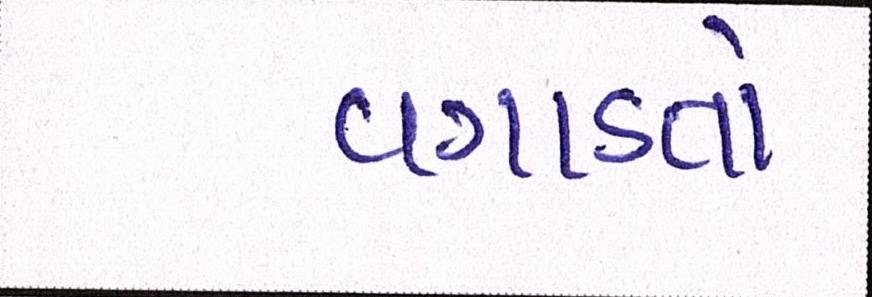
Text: વગાડતો